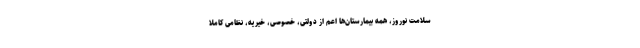
سلامت نوروز، همه بیمارستان‌ها اعم از دولتی، خصوصی، خیریه، نظامی کاملا